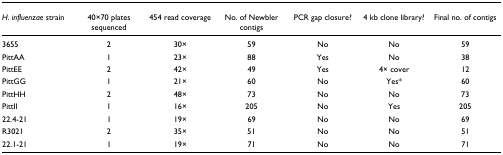
<table><thead><tr><td><b><i>H. influenzae </i>strain</b></td><td><b>40×70 plates sequenced</b></td><td><b>454 read coverage</b></td><td><b>No. of Newbler contigs</b></td><td><b>PCR gap closure?</b></td><td><b>4 kb clone library?</b></td><td><b>Final no. of contigs</b></td></tr></thead><tbody><tr><td>3655</td><td>2</td><td>30×</td><td>59</td><td>No</td><td>No</td><td>59</td></tr><tr><td>PittAA</td><td>1</td><td>23×</td><td>88</td><td>Yes</td><td>No</td><td>38</td></tr><tr><td>PittEE</td><td>2</td><td>42×</td><td>49</td><td>Yes</td><td>4× cover</td><td>12</td></tr><tr><td>PittGG</td><td>1</td><td>21×</td><td>60</td><td>No</td><td>Yes*</td><td>60</td></tr><tr><td>PittHH</td><td>2</td><td>48×</td><td>73</td><td>No</td><td>No</td><td>73</td></tr><tr><td>PittII</td><td>1</td><td>16×</td><td>205</td><td>No</td><td>Yes</td><td>205</td></tr><tr><td>22.4-21</td><td>1</td><td>19×</td><td>69</td><td>No</td><td>No</td><td>69</td></tr><tr><td>R3021</td><td>2</td><td>35×</td><td>51</td><td>No</td><td>No</td><td>51</td></tr><tr><td>22.1-21</td><td>1</td><td>19×</td><td>71</td><td>No</td><td>No</td><td>71</td></tr></tbody></table>